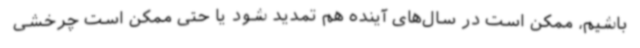
باشیم، ممکن است در سال‌های آینده هم تمدید شود یا حتی ممکن است چرخشی